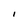
Character: I